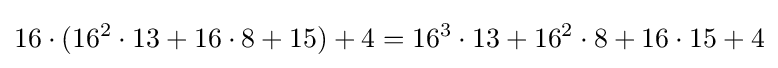
16\cdot (16^{2}\cdot 13+16\cdot 8+15)+4=16^{3}\cdot 13+16^{2}\cdot 8+16\cdot 15+4